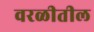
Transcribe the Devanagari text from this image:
वरळीतील